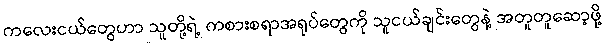
ကလေးငယ်တွေဟာ သူတို့ရဲ့ ကစားစရာအရုပ်တွေကို သူငယ်ချင်းတွေနဲ့ အတူတူဆော့ဖို့